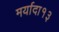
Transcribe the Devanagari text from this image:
मर्यादा१३